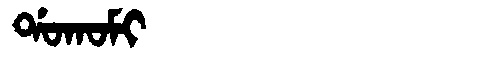
Manchu: ᡩᠣᡴᠣᠮᡳ
Romanization: DOKOMI